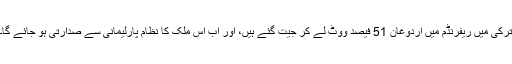
ترکی میں ریفرنڈم میں اردوغان 51 فیصد ووٹ لے کر جیت گئے ہیں، اور اب اس ملک کا نظام پارلیمانی سے صدارتی ہو جائے گا۔